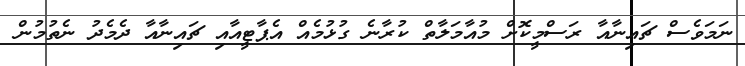
ނަމަވެސް ޗައިނާއާ ރަސްމީކޮށް މުއާމަލާތް ކުރާނެ ގުޅުމެއް އެޕާޓީއާއި ޗައިނާއާ ދެމެދު ނެތުމުން